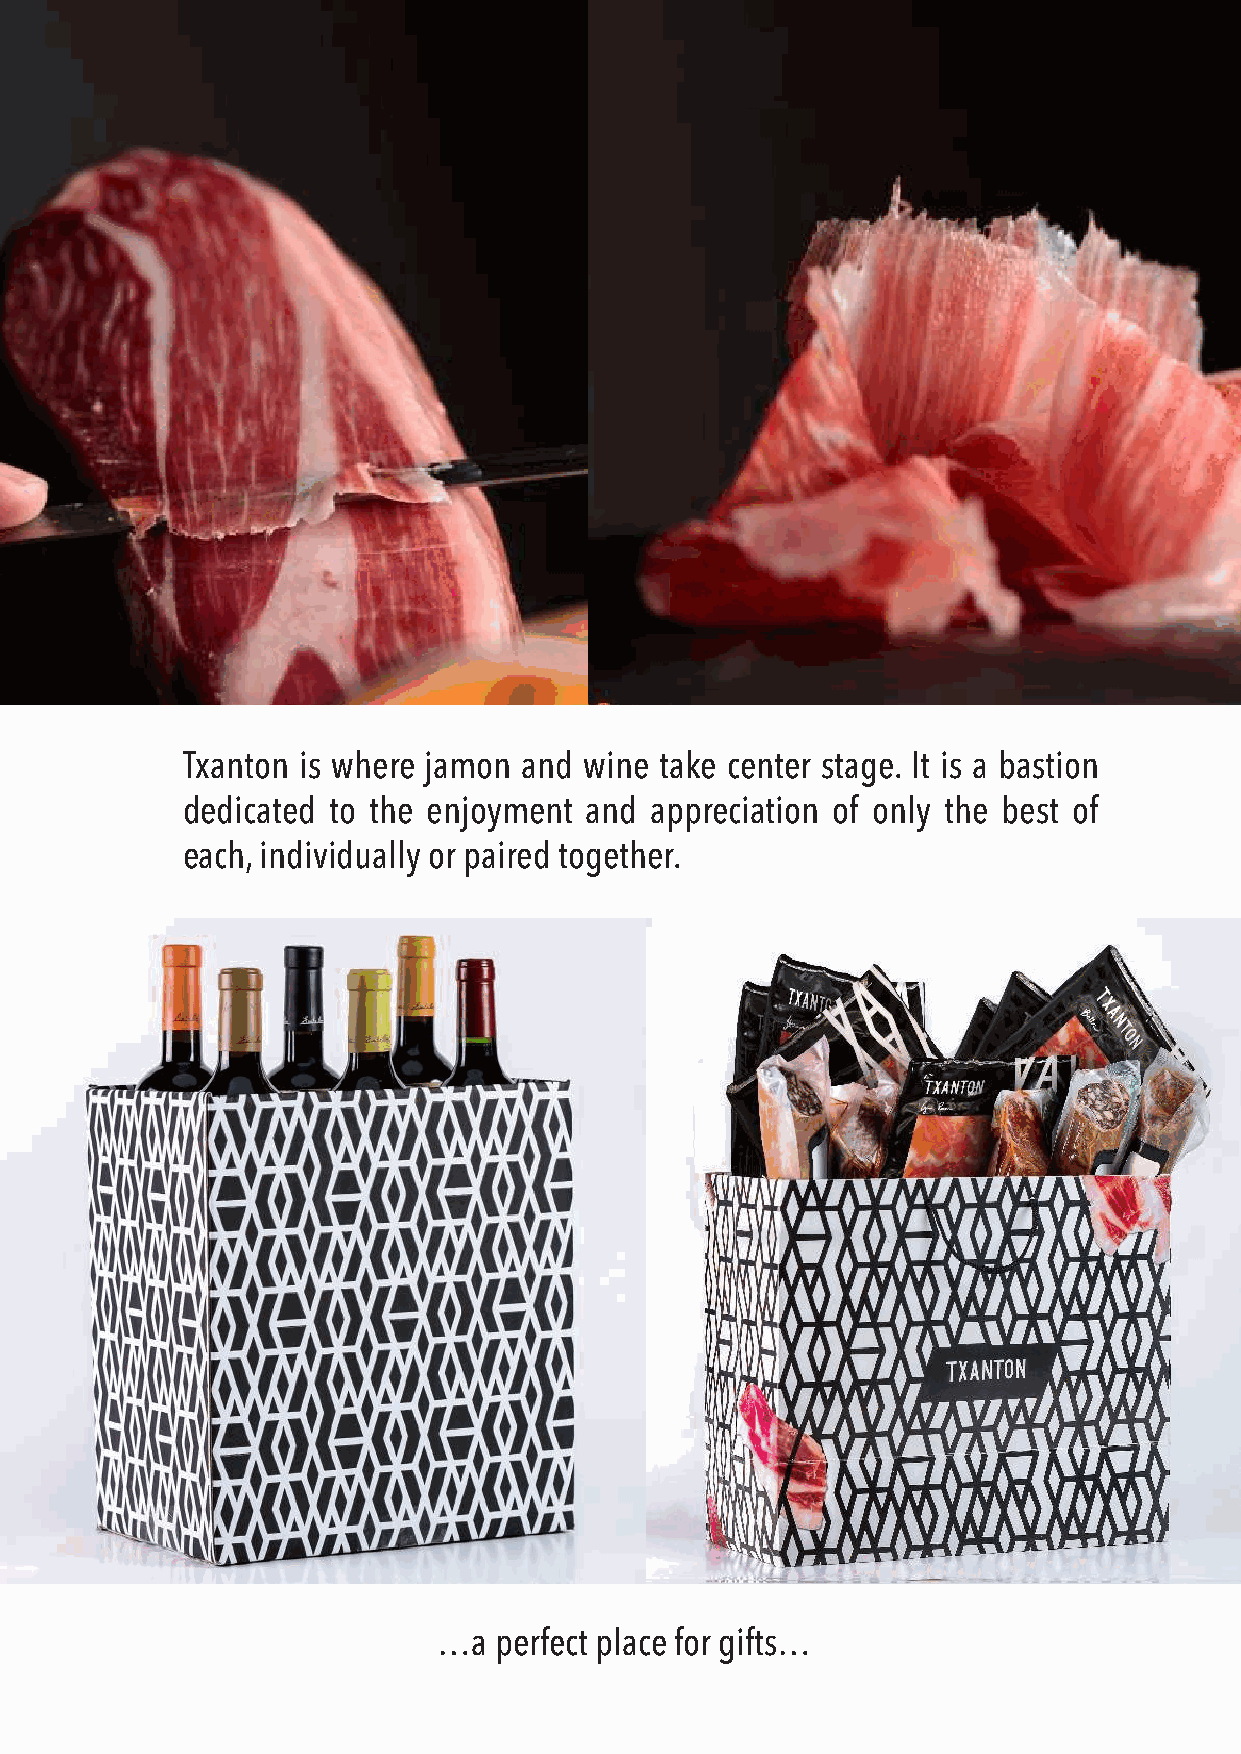
Txanton is where jamon and wine take center stage. It is a bastion
 dedicated to the enjoyment and appreciation of only the best of
 each, individually or paired together.
 …a  perfect place for gifts…